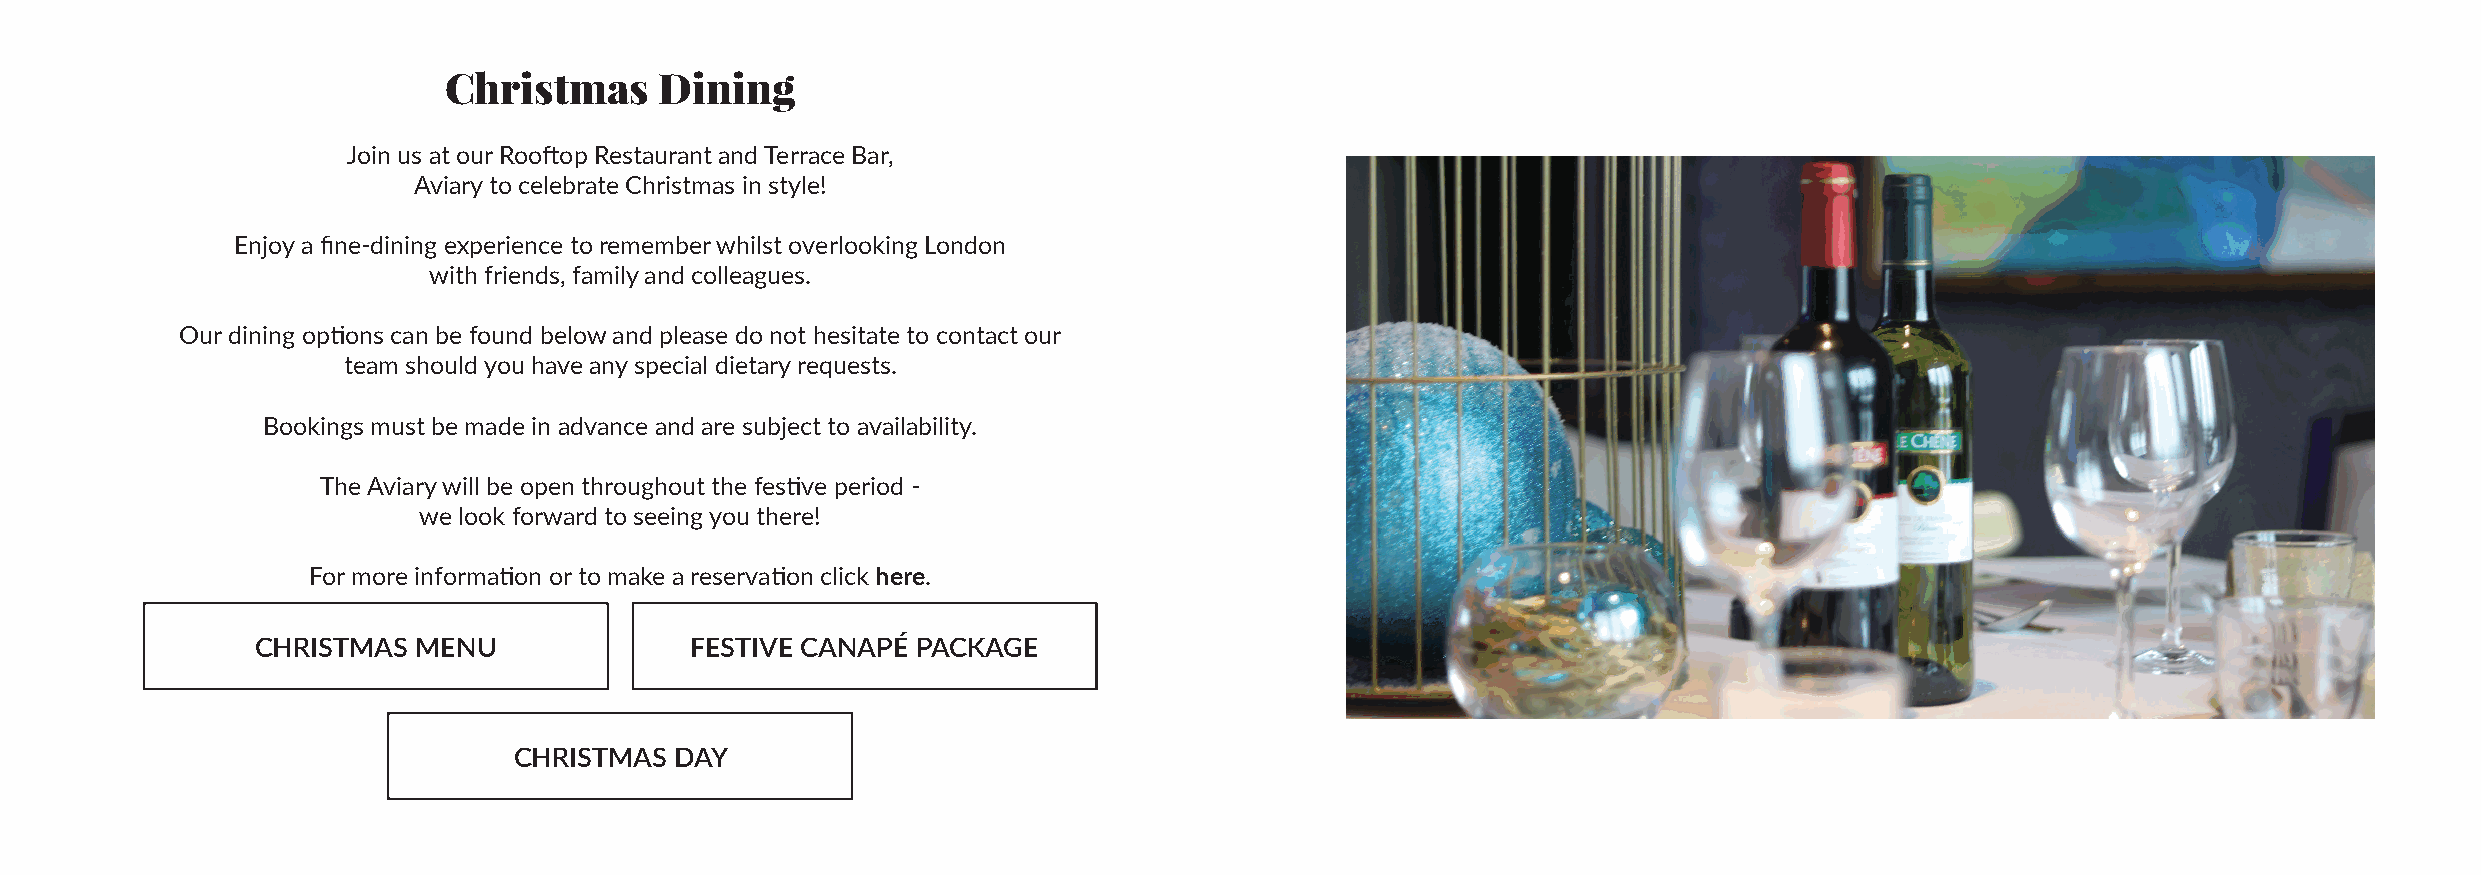
Christmas      Dining
 Join us at our Rooftop Restaurant and Terrace Bar,
 Aviary to celebrate Christmas in style!
 Enjoy a fine-dining experience to remember whilst overlooking London
 with friends, family and colleagues.
 Our dining options can be found below and please do not hesitate to contact our
 team should you have any special dietary requests.
 Bookings must be made in advance and are subject to availability.
 The Aviary will be open throughout the festive period -
 we look forward to seeing you there!
 For more information or to make a reservation click here.
 CHRISTMAS MENU               FESTIVE CANAPÉ PACKAGE
 CHRISTMAS  DAY